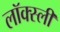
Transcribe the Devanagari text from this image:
लॉक्स्ली